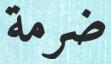
ضرمة